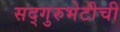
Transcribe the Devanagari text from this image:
सद्गुरुभेटीची